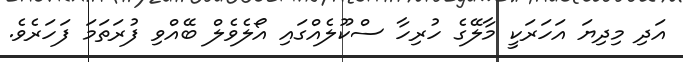
އަދި މިދިޔަ އަހަރަކީ މާލޭގެ ހުރިހާ ސްކޫލެއްގައި އޯލެވެލް ބޭއްވި ފުރަތަމަ ފަހަރެވެ.